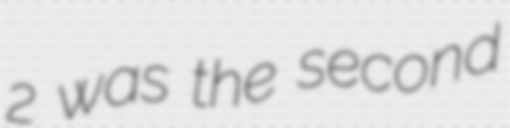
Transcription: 2 was the second